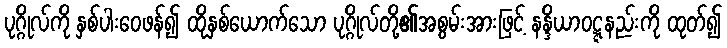
ပုဂ္ဂိုလ်ကို နှစ်ပါးဝေဖန်၍ ထိုနှစ်ယောက်သော ပုဂ္ဂိုလ်တို့၏အစွမ်းအားဖြင့် နန္ဒိယာဝဋ္ဋနည်းကို ထုတ်၍